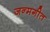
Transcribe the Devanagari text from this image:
जन्मगीत